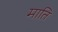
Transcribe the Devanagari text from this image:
माति